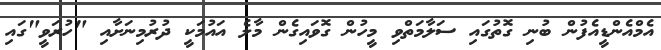
އެމްއެންޑީއެފުން ބުނި ގޮތުގައި ސަލާމަތްވި މީހުން ގޮވައިގެން މާލެ އައުމަކީ ދުރުމިނަށާއި "ހުރަވީ"ގައި